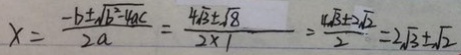
x = \frac { - b \pm \sqrt { b ^ { 2 } - 4 a c } } { 2 a } = \frac { 4 \sqrt { 3 } \pm \sqrt { 8 } } { 2 \times 1 } = \frac { 4 \sqrt { 3 } \pm 2 \sqrt { 2 } } { 2 } = 2 \sqrt { 3 } \pm \sqrt { 2 }